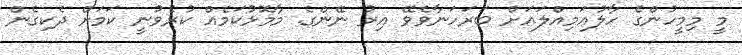
މީ މިމީހުންގެ ހާލުޢަމިއްލައަށް ބަރަހަނާވެވޭ އިރު ނޭންގެ. މާާމޮޅުކަމެއް ކުރެވުނީ ކަމަށް ދެކިގެން